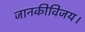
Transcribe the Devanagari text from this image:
जानकीविजय।